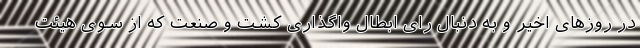
در روزهای اخیر و به دنبال رای ابطال واگذاری کشت و صنعت که از سوی هیئت